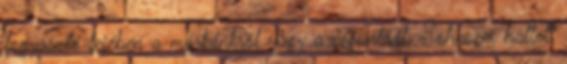
fogyasztó fejében a márkánkról vagy a cégünkről. Sohasem hallott